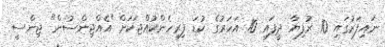
ނައިފަރުގައި 10 ރުފިޔާ ދީފައި 10 އަހަރުގެ ކުޑަ ފިރިހެންކުއްޖަކަށް "އެއްޖިންސުން" ޖިންސީ